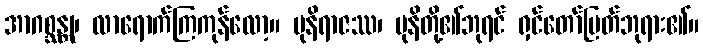
အာဂစ္ဆန္တု၊ လာရောက်ကြကုန်လော့။ မုနိရာဇဿ၊ မုနိတို့၏ဘုရင် ရှင်တော်မြတ်ဘုရား၏။